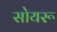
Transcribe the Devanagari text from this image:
सोयरू